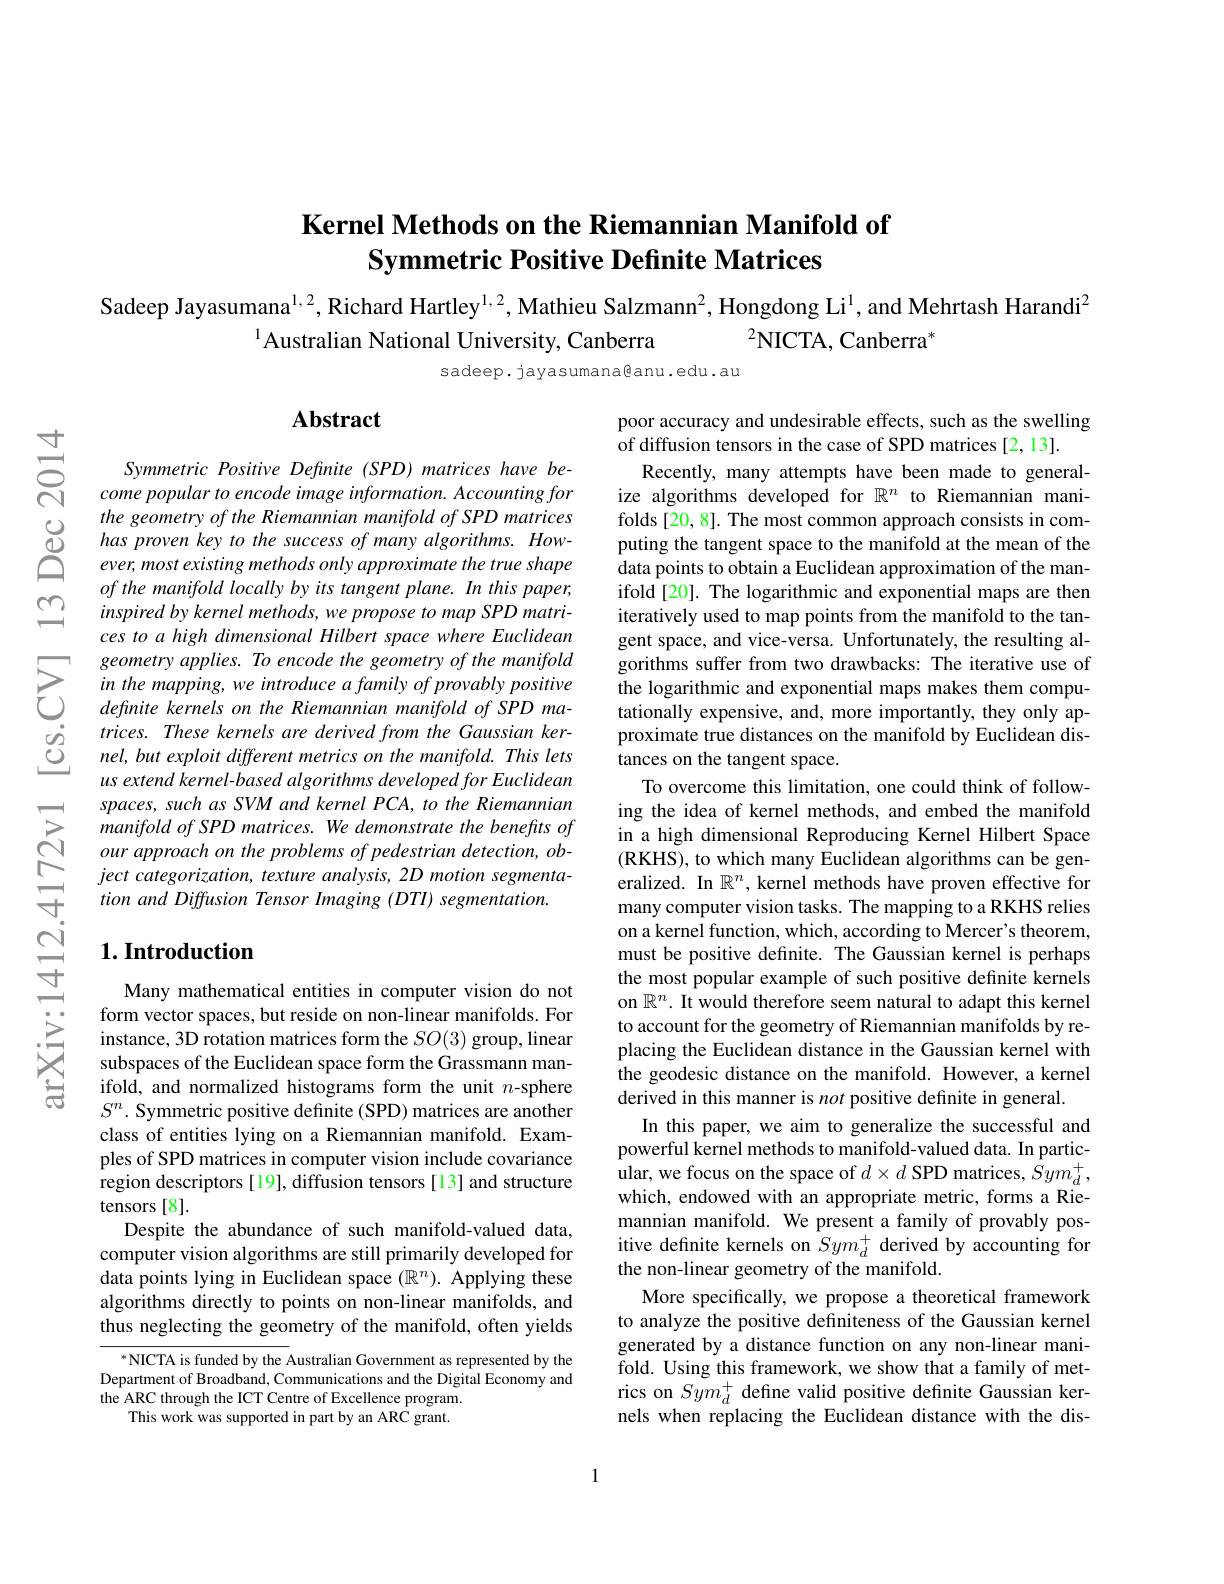
$ਨਨਾਂ$

## Kernel Methods on the Riemannian Manifold of Symmetric Positive Definite Matrices

Sadeep Jayasumana$^{1,2}$, Richard Hartley$^{1,2}$, Mathieu Salzmann$^2$, Hongdong Li$^1$, and Mehrtash Harandi$^2$
$^{1}$Australian National University, Canberra $^{2}$NICTA, Canberra*

sadeep. jayasumana@anu.edu.au

## Abstract

Symmetric Positive Definite (SPD) matrices have become popular to encode image information. Accounting for the geometry of the Riemannian manifold of SPD matrices
$\begin{array}{llll}{\textcircled{1}}&{hasproven~key~to~the~success~of~many~algorithms.~How-}\\{\textcircled{1}}&{ever,most~existing~methods~only~approximate~the~true~shape}\\{2}&{ever,most~existing~methods~only~approximate~the~true~shape}\end{array}$
of the manifold locally by its tangent plane. In this paper, inspired by kernel methods, we propose to map SPD matrices to a high dimensional Hilbert space where Euclidean geometry applies. To encode the geometry of the manifold in the mapping, we introduce a family of provably positive definite kernels on the Riemannian manifold of SPD matrices. These kernels are derived from the Gaussian kernel, but exploit different metrics on the manifold. This lets us extend kernel-based algorithms developed for Euclidean spaces, such as SVM and kernel PCA, to the Riemannian manifold of SPD matrices. We demonstrate the benefits of our approach on the problems of pedestrian detection, object categorization, texture analysis, 2D motion segmentation and Diffusion Tensor Imaging (DTI) segmentation.

poor accuracy and undesirable effects, such as the swelling
of diffusion tensors in the case of SPD matrices [2,13].
Recently, many attempts have been made to generalize algorithms developed for $\mathbb{R}^n$ to Riemannian manifolds[20,8]. The most common approach consists in computing the tangent space to the manifold at the mean of the data points to obtain a Euclidean approximation of the manifold[20]. The logarithmic and exponential maps are then iteratively used to map points from the manifold to the tangent space, and vice-versa. Unfortunately, the resulting algorithms suffer from two drawbacks: The iterative use of the logarithmic and exponential maps makes them computationally expensive, and, more importantly, they only approximate true distances on the manifold by Euclidean distances on the tangent space.
To overcome this limitation, one could think of following the idea of kernel methods, and embed the manifold in a high dimensional Reproducing Kernel Hilbert Space (RKHS) , to which many Euclidean algorithms can be gen- eralized. In $\mathbb{R}^n$, kernel methods have proven effective for many computer vision tasks. The mapping to a RKHS relies on a kernel function, which, according to Mercer's theorem, must be positive definite. The Gaussian kernel is perhaps the most popular example of such positive definite kernels on $\mathbb{R}^n.$ It would therefore seem natural to adapt this kernel to account for the geometry of Riemannian manifolds by replacing the Euclidean distance in the Gaussian kernel with the geodesic distance on the manifold. However, a kernel derived in this manner is not positive definite in general.
In this paper, we aim to generalize the successful and powerful kernel methods to manifold-valued data. In partic- ${\hat{\text{ular, we focus on the space of }d\times d\text{ SPD matrices, }\hat{S}ym_{d}^{+},}}$ which, endowed with an appropriate metric, forms a Riemannian manifold. We present a family of provably positive definite kernels on $Sym_d^+$ derived by accounting for the non-linear geometry of the manifold.
More specifically, we propose a theoretical framework to analyze the positive definiteness of the Gaussian kernel generated by a distance function on any non-linear manifold. Using this framework, we show that a family of metrics on $Sym_{d}^{+}$ define valid positive definite Gaussian kernels when replacing the Euclidean distance with the dis-

## $1. \textbf{Introduction}$

Many mathematical entities in computer vision do not form vector spaces, but reside on non-linear manifolds. For instance, 3D rotation matrices form the $SO(3)$ group, linear subspaces of the Euclidean space form the Grassmann manifold, and normalized histograms form the unit $n$-sphere $S^n.$ Symmetric positive definite (SPD) matrices are another class of entities lying on a Riemannian manifold. Examples of SPD matrices in computer vision include covariance region descriptors[19], diffusion tensors[13] and structure tensors [8].
Despite the abundance of such manifold-valued data, computer vision algorithms are still primarily developed for data points lying in Euclidean space $(\mathbb{R}^n).$ Applying these algorithms directly to points on non-linear manifolds, and thus neglecting the geometry of the manifold, often yields

${^{*}\mathrm{NICTA~is~funded~by~the~}}$Australian Government as represented by the Department of Broadband, Communications and the Digital Economy and the ARC through the ICT Centre of Excellence program.
This work was supported in part by an ARC grant.

1